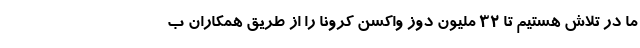
ما در تلاش هستیم تا ۳۲ ملیون دوز واکسن کرونا را از طریق همکاران ب